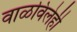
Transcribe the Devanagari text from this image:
वाळविलेही